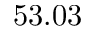
5 3 . 0 3